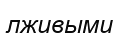
лживыми